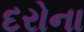
દરોના